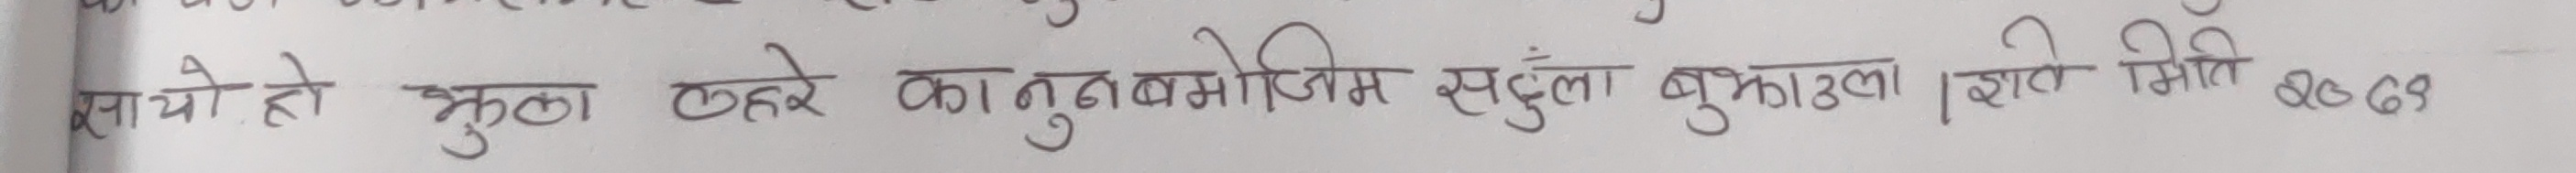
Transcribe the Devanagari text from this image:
सायो हो भुक्ला टहरे कानु बमोजिम संदुला बुझाउला | झाते मिति २७.६९